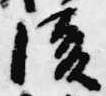
後